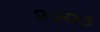
૨૦૦૩